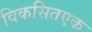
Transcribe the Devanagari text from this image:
विकसितएक